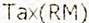
TAX(RM)